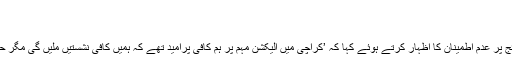
‘
الیکشن کے نتائج پر عدم اطمینان
مرتضیٰ وہاب نے الیکشن کے نتائج پر عدم اطمینان کا اظہار کرتے ہوئے کہا کہ ’کراچی میں الیکشن مہم پر ہم کافی پرامید تھے کہ ہمیں کافی نشستیں ملیں گی مگر حیرت انگیز طور پر ایسا نہ ہوسکا۔